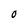
Character: O